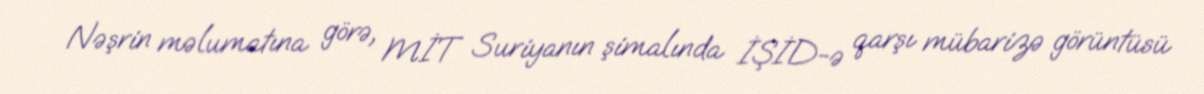
Nəşrin məlumatına görə, MİT Suriyanın şimalında İŞİD-ə qarşı mübarizə görüntüsü